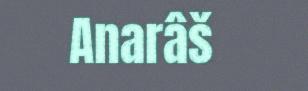
Anarâš